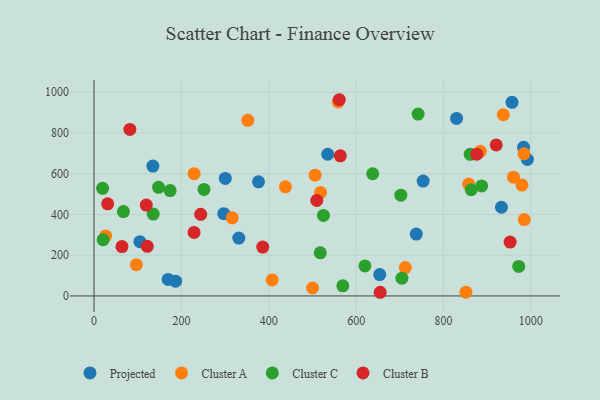
{"axis": {"x": "Experience", "y": "Profit"}, "legend": ["Cluster A", "Cluster B", "Cluster C", "Projected"], "data": [{"x": "535.0", "y": 695.5, "type": "Projected"}, {"x": "134.8", "y": 637.6, "type": "Projected"}, {"x": "376.6", "y": 560.0, "type": "Projected"}, {"x": "983.3", "y": 729.4, "type": "Projected"}, {"x": "105.0", "y": 266.6, "type": "Projected"}, {"x": "753.4", "y": 563.8, "type": "Projected"}, {"x": "737.7", "y": 303.6, "type": "Projected"}, {"x": "186.7", "y": 72.7, "type": "Projected"}, {"x": "297.1", "y": 403.9, "type": "Projected"}, {"x": "331.4", "y": 284.2, "type": "Projected"}, {"x": "992.0", "y": 670.3, "type": "Projected"}, {"x": "829.9", "y": 871.5, "type": "Projected"}, {"x": "169.6", "y": 81.0, "type": "Projected"}, {"x": "300.5", "y": 576.7, "type": "Projected"}, {"x": "932.7", "y": 435.4, "type": "Projected"}, {"x": "654.0", "y": 105.1, "type": "Projected"}, {"x": "956.8", "y": 950.5, "type": "Projected"}, {"x": "407.9", "y": 78.6, "type": "Cluster A"}, {"x": "316.3", "y": 383.5, "type": "Cluster A"}, {"x": "984.2", "y": 697.9, "type": "Cluster A"}, {"x": "960.1", "y": 583.1, "type": "Cluster A"}, {"x": "559.0", "y": 952.5, "type": "Cluster A"}, {"x": "851.4", "y": 18.5, "type": "Cluster A"}, {"x": "979.6", "y": 544.1, "type": "Cluster A"}, {"x": "936.9", "y": 889.8, "type": "Cluster A"}, {"x": "857.6", "y": 548.9, "type": "Cluster A"}, {"x": "506.0", "y": 592.9, "type": "Cluster A"}, {"x": "438.1", "y": 535.4, "type": "Cluster A"}, {"x": "712.6", "y": 139.4, "type": "Cluster A"}, {"x": "518.6", "y": 507.9, "type": "Cluster A"}, {"x": "984.9", "y": 375.0, "type": "Cluster A"}, {"x": "229.1", "y": 600.3, "type": "Cluster A"}, {"x": "352.0", "y": 862.0, "type": "Cluster A"}, {"x": "884.2", "y": 710.0, "type": "Cluster A"}, {"x": "26.6", "y": 294.5, "type": "Cluster A"}, {"x": "97.0", "y": 153.2, "type": "Cluster A"}, {"x": "500.3", "y": 38.9, "type": "Cluster A"}, {"x": "887.3", "y": 539.9, "type": "Cluster C"}, {"x": "251.7", "y": 522.6, "type": "Cluster C"}, {"x": "517.9", "y": 211.8, "type": "Cluster C"}, {"x": "704.8", "y": 87.1, "type": "Cluster C"}, {"x": "20.9", "y": 276.2, "type": "Cluster C"}, {"x": "569.6", "y": 49.5, "type": "Cluster C"}, {"x": "174.3", "y": 517.1, "type": "Cluster C"}, {"x": "861.0", "y": 695.2, "type": "Cluster C"}, {"x": "67.3", "y": 414.0, "type": "Cluster C"}, {"x": "525.2", "y": 395.4, "type": "Cluster C"}, {"x": "863.5", "y": 521.2, "type": "Cluster C"}, {"x": "637.9", "y": 599.8, "type": "Cluster C"}, {"x": "147.8", "y": 533.2, "type": "Cluster C"}, {"x": "741.9", "y": 892.8, "type": "Cluster C"}, {"x": "135.5", "y": 401.9, "type": "Cluster C"}, {"x": "972.2", "y": 145.0, "type": "Cluster C"}, {"x": "702.3", "y": 494.4, "type": "Cluster C"}, {"x": "19.7", "y": 528.3, "type": "Cluster C"}, {"x": "620.1", "y": 147.3, "type": "Cluster C"}, {"x": "655.1", "y": 18.0, "type": "Cluster B"}, {"x": "876.1", "y": 695.8, "type": "Cluster B"}, {"x": "244.2", "y": 400.5, "type": "Cluster B"}, {"x": "31.3", "y": 452.0, "type": "Cluster B"}, {"x": "229.0", "y": 311.8, "type": "Cluster B"}, {"x": "121.9", "y": 243.3, "type": "Cluster B"}, {"x": "952.5", "y": 264.3, "type": "Cluster B"}, {"x": "561.4", "y": 963.1, "type": "Cluster B"}, {"x": "82.1", "y": 817.4, "type": "Cluster B"}, {"x": "386.2", "y": 240.1, "type": "Cluster B"}, {"x": "510.0", "y": 469.0, "type": "Cluster B"}, {"x": "64.0", "y": 242.3, "type": "Cluster B"}, {"x": "563.8", "y": 687.5, "type": "Cluster B"}, {"x": "920.7", "y": 741.2, "type": "Cluster B"}, {"x": "119.6", "y": 446.2, "type": "Cluster B"}]}